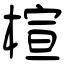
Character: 楦